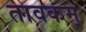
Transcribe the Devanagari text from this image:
तावकम्